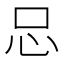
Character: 𢗀